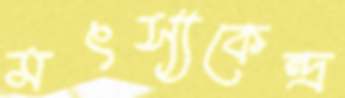
মৎস্যকেন্দ্র